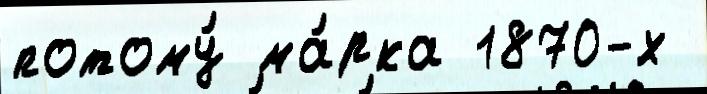
потому́ ма́рка 1870-х